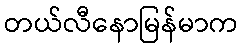
တယ်လီနောမြန်မာက